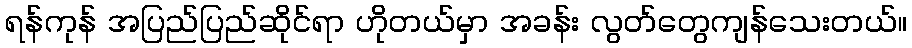
ရန်ကုန် အပြည်ပြည်ဆိုင်ရာ ဟိုတယ်မှာ အခန်း လွတ်တွေကျန်သေးတယ်။